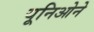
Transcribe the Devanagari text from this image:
यूनिओने